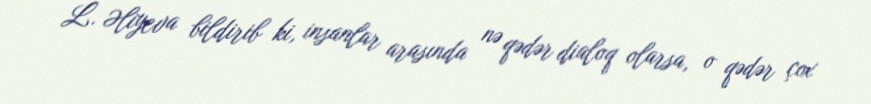
L. Əliyeva bildirib ki, insanlar arasında nə qədər dialoq olarsa, o qədər çox